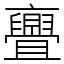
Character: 亹